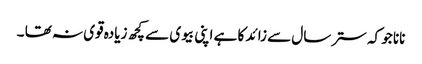
نانا جو کہ ستر سال سے زائد کا ہے اپنی بیوی سے کچھ زیادہ قوی نہ تھا ۔